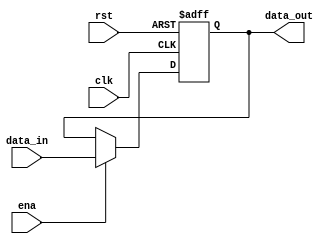
`timescale 1ns / 1ps
module myreg #(parameter init = 32'h00000000)(//0
    input clk,//PC
    input rst,// 
            //enarst
    input ena,// PCdata_in 
    input [31:0] data_in,//
    output reg [31:0] data_out// 
    );
    always @ (negedge clk or posedge rst)
    begin
        if(rst==1'b1)
            data_out<=init;
        else if(ena==1'b1)
            data_out<=data_in;
    end
endmodule